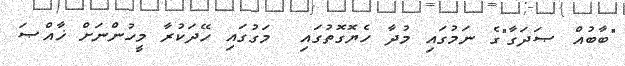
"ބާބުއް ޞަދަގާ"ގެ ނަމުގައި މުދާ ހެޔޮގޮތުގައި  މަގުގައި ހޭދަކުރާ މީހުންނަށް ޚާއްޞަ